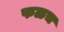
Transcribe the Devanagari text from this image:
फळच